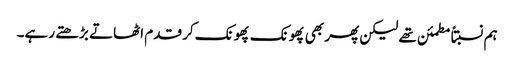
ہم نسبتاً مطمئن تھے لیکن پھر بھی پھونک پھونک کر قدم اٹھاتے بڑھتے رہے۔